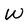
Character: W